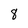
Character: 8